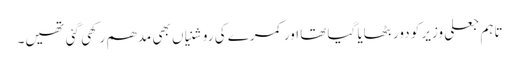
تاہم جعلی وزیر کو دور بٹھایا گیا تھا اور کمرے کی روشنیاں بھی مدھم رکھی گئی تھیں۔